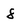
Character: 8